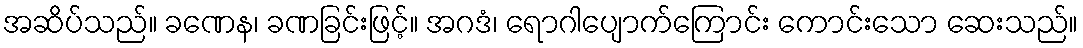
အဆိပ်သည်။ ခဏေန၊ ခဏခြင်းဖြင့်။ အဂဒံ၊ ရောဂါပျောက်ကြောင်း ကောင်းသော ဆေးသည်။